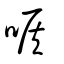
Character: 喉